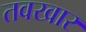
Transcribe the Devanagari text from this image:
तवखार